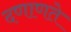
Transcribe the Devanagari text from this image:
दणाणते